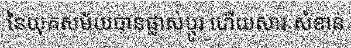
នៃយុគសម័យបានផ្លាស់ប្តូរ ហើយសារៈសំខាន់